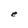
Character: e